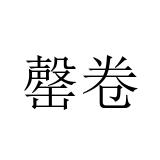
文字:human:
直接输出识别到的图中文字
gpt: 罄卷